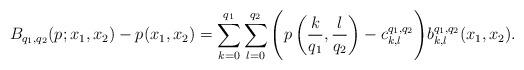
LaTeX: \begin{align*} B_{q_1, q_2}(p; x_1, x_2) - p(x_1, x_2) = \sum_{k = 0}^{q_1} \sum_{l = 0}^{q_2} \Bigg( p\left(\frac{k}{q_1},\frac{l}{q_2}\right) - c_{k,l}^{q_1, q_2} \Bigg) b_{k, l}^{q_1, q_2} (x_1, x_2).\end{align*}